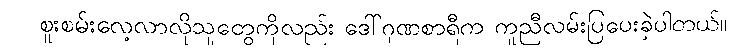
စူးစမ်းလေ့လာလိုသူတွေကိုလည်း ဒေါ်ဂုဏစာရီက ကူညီလမ်းပြပေးခဲ့ပါတယ်။